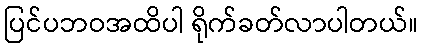
ပြင်ပဘဝအထိပါ ရိုက်ခတ်လာပါတယ်။